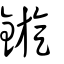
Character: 鏇